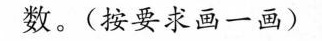
数。(按要求画一画)